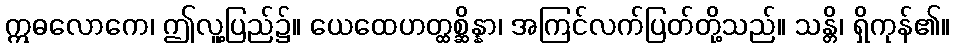
ဣဓလောကေ၊ ဤလူ့ပြည်၌။ ယေထေဟတ္ထစ္ဆိန္နာ၊ အကြင်လက်ပြတ်တို့သည်။ သန္တိ၊ ရှိကုန်၏။